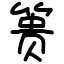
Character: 篑